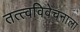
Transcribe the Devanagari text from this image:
तत्त्वविवेचनाला